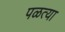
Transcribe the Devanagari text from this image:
पळत्या